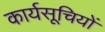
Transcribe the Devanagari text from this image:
कार्यसूचियों